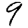
Digit: 9